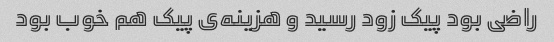
راضی بود پیک زود رسید و هزینه‌ی پیک هم خوب بود